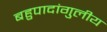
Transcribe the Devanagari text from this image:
बहुपादांगुलीय